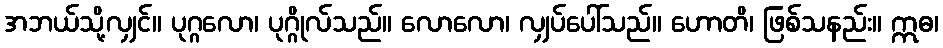
အဘယ်သို့လျှင်။ ပုဂ္ဂလော၊ ပုဂ္ဂိုလ်သည်။ လောလော၊ လျှပ်ပေါ်သည်။ ဟောတိ၊ ဖြစ်သနည်း။ ဣဓ၊